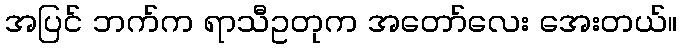
အပြင် ဘက်က ရာသီဥတုက အတော်လေး အေးတယ်။